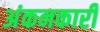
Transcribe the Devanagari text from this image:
अंकनकारी